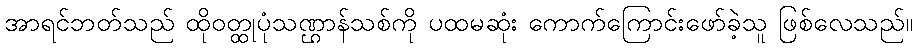
အာရင်ဘတ်သည် ထိုဝတ္ထုပုံသဏ္ဌာန်သစ်ကို ပထမဆုံး ကောက်ကြောင်းဖော်ခဲ့သူ ဖြစ်လေသည်။